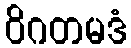
ဝိဂတမဒံ